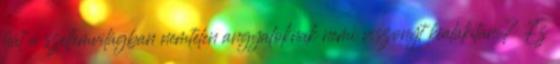
hát a szellemvilágban nemtelen angyaloknak nemi viszonyt kialakítani? Ez